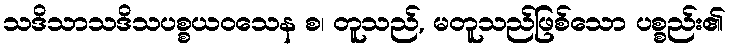
သဒိသာသဒိသပစ္စယဝသေန စ၊ တူသည်, မတူသည်ဖြစ်သော ပစ္စည်း၏